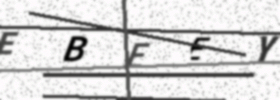
Text: EBEEY